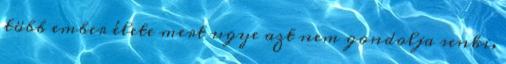
több ember élete mert ugye azt nem gondolja senki,